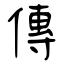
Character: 傳